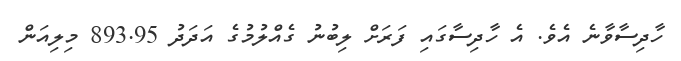
ހާދިސާވާނެ އެވެ. އެ ހާދިސާގައި ފަރަށް ލިބުނު ގެއްލުމުގެ އަދަދު 893.95 މިލިއަން